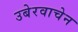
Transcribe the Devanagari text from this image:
उबेरवाचेन